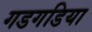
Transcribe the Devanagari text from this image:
गडगडिया